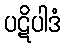
ပဋိပါဒံ